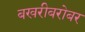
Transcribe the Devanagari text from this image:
बखरीबरोबर